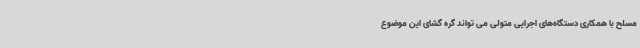
مسلح با همکاری دستگاه‌های اجرایی متولی می تواند گره گشای این موضوع